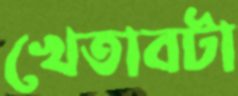
খেতাবটা